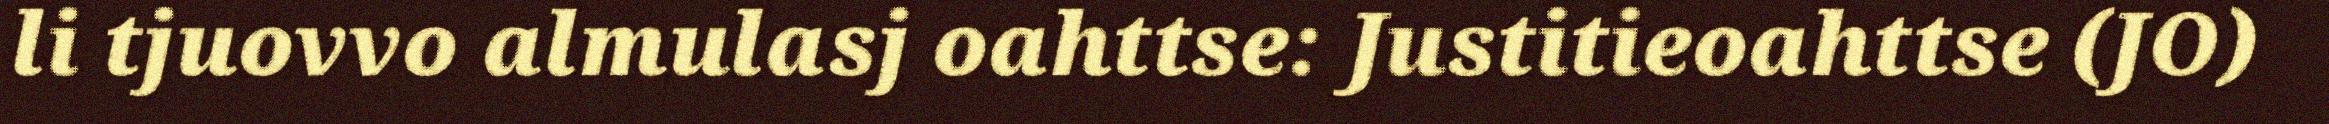
li tjuovvo almulasj oahttse: Justitieoahttse (JO)